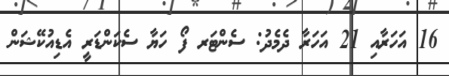
16 އަހަރާއި 21 އަހަރާ ދެމެދު: ސެންޓަރ ފޯ ހަޔާ ސެކަންޑަރީ އެޑިއުކޭޝަން